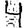
Digit: 4